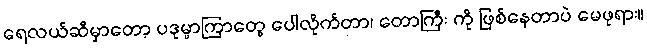
ရေလယ်ဆီမှာတော့ ပဒုမ္မာကြာတွေ ပေါလိုက်တာ၊ တောကြီး ကို ဖြစ်နေတာပဲ မေဖုရား။